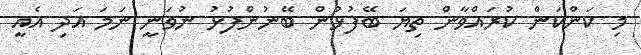
މި ކަންކަން ކުރައްވާން ތިޔަ ބޭފުޅުން ބޭނުންފުޅު ނުވަނީ ނަމަ އަދި އެއީ